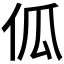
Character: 𠇗